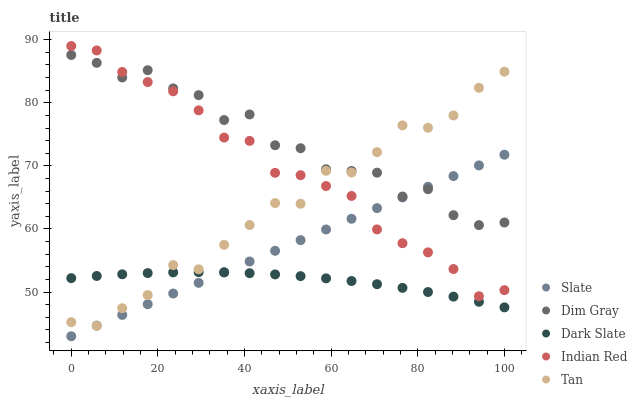
| xaxis_label | Slate | Dim Gray | Dark Slate | Indian Red | Tan |
 | --- | --- | --- | --- | --- | --- |
 | 0 | 43 | 87.6 | 52.2 | 89 | 45.2 |
 | 5.88 | 44.7 | 86.3 | 52.6 | 88.3 | 44.6 |
 | 11.8 | 46.4 | 84 | 52.8 | 84.9 | 47.4 |
 | 17.6 | 48.1 | 85.2 | 53 | 83.3 | 49.5 |
 | 23.5 | 49.8 | 82.3 | 53.1 | 81.8 | 54.3 |
 | 29.4 | 51.5 | 81.2 | 53.2 | 78.8 | 53.6 |
 | 35.3 | 53.2 | 77.3 | 53.1 | 74.5 | 57.5 |
 | 41.2 | 54.8 | 78.2 | 53 | 74 | 60.6 |
 | 47.1 | 56.5 | 73.3 | 52.8 | 68.9 | 64.1 |
 | 52.9 | 58.2 | 72.8 | 52.5 | 68.5 | 64 |
 | 58.8 | 59.9 | 69.5 | 52.2 | 66.8 | 69.2 |
 | 64.7 | 61.6 | 69.2 | 51.8 | 65.2 | 69 |
 | 70.6 | 63.3 | 68.9 | 51.2 | 59.9 | 72.2 |
 | 76.5 | 65 | 65.1 | 50.7 | 57.7 | 76.4 |
 | 82.4 | 66.7 | 66.3 | 50 | 56.3 | 76 |
 | 88.2 | 68.4 | 62.2 | 49.3 | 53.7 | 78 |
 | 94.1 | 70.1 | 60.6 | 48.5 | 49.3 | 82.4 |
 | 100 | 71.8 | 61 | 47.6 | 50.3 | 84.9 |